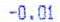
-0.01